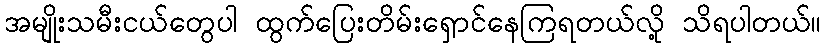
အမျိုးသမီးငယ်တွေပါ ထွက်ပြေးတိမ်းရှောင်နေကြရတယ်လို့ သိရပါတယ်။